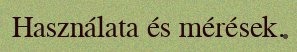
Használata és mérések.